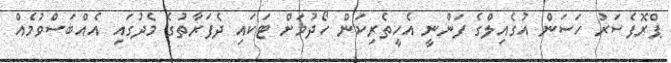
ޕްރޮފެސަރު ހަސަން އުގެއިލްގެ ފަންނީ އެހީތެރިކަން ހޯދުމަށް ޓަކައި ދެފަރާތުގެ މެދުގައި އެއްބަސްވުމެއް